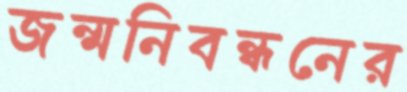
জন্মনিবন্ধনের